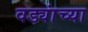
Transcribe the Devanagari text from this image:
वड्यांच्या